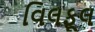
વિલફૂલ